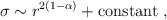
\begin{align*}\sigma \sim r^{2(1-\alpha)}+{\rm constant}~,\end{align*}